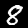
Digit: 8